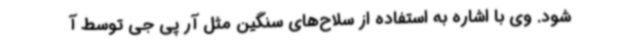
شود. وی با اشاره به استفاده از سلاح‌های سنگین مثل آر پی جی توسط آ